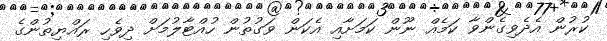
ކުރުން އެދެވިގެންވާ ކަމެއް ނޫން ކަމަށާއި އެކަން ވަގުތުން ހުއްޓާލުމަށް ދިވެހި ރައްޔިތުންގެ